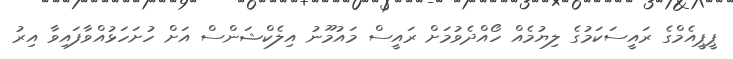
ޕީޕީއެމްގެ ރައީސަކަމުގެ ލިޔުމެއް ހޯއްދެވުމަށް ރައީސް މައުމޫނު އިލެކްޝަންސް އަށް ހުށަހަޅުއްވާފައިވާ އިރު